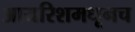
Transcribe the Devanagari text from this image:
आयरिशमधूनच